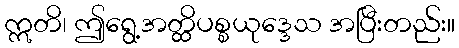
ဣတိ၊ ဤရွေ့အတ္ထိပစ္စယုဒ္ဒေသ အပြီးတည်း။